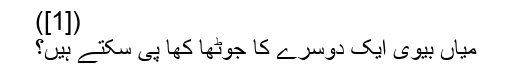
([1])
میاں بیوی ایک دوسرے کا جُوٹھا کھا پی سکتے ہیں؟